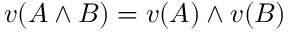
v ( A \land B ) = v ( A ) \land v ( B )